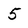
Character: 5